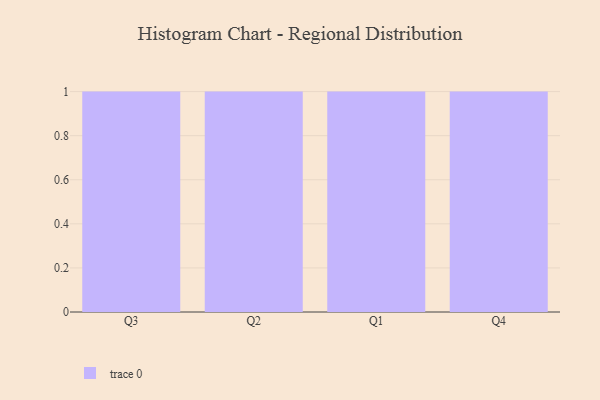
{"axis": {"x": "Quarter", "y": "Temperature (°C)"}, "legend": [""], "data": [{"x": "Q3", "y": 5, "type": ""}, {"x": "Q2", "y": 5, "type": ""}, {"x": "Q1", "y": 9, "type": ""}, {"x": "Q4", "y": 73, "type": ""}]}